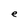
Character: e